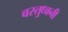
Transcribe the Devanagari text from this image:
वस्तुध्वनी